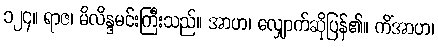
၁၂၄။ ရာဇ၊ မိလိန္ဒမင်းကြီးသည်။ အာဟ၊ လျှောက်ဆိုပြန်၏။ ကိံအာဟ၊